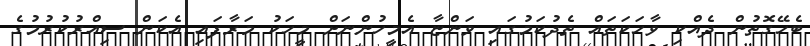
ބެހޭގޮތުން ދެއްކި ވާހަކަތައް ތެދުކަމުގައި ވަންޏާ އެމީހުންނަށް މީހަކު މަރާފައި އެކަން ސިއްރުކުރުމުގެ